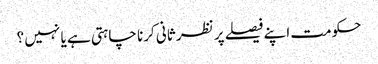
حکومت اپنے فیصلے پر نظر ثانی کرنا چاہتی ہے یا نہیں ؟